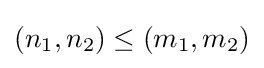
\left(n_{1},n_{2}\right)\leq \left(m_{1},m_{2}\right)